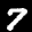
Label: 7